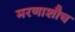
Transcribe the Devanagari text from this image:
मरणाशौच